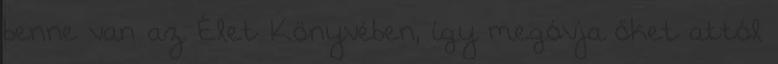
benne van az Élet Könyvében, így megóvja őket attól